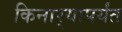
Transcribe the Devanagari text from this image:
किनार्‍यापर्यंत